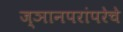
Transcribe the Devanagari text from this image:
ज्ञानपरांपरेचे